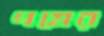
প্রশ্নের